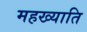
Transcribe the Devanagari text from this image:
महख्याति